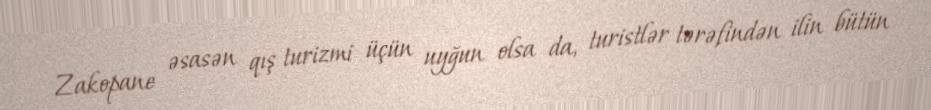
Zakopane əsasən qış turizmi üçün uyğun olsa da, turistlər tərəfindən ilin bütün